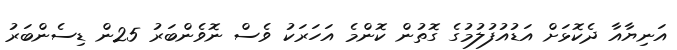
އަނިޔާއާ ދެކޮޅަށް އަޑުއުފުލުމުގެ ގޮތުން ކޮންމެ އަހަރަކު ވެސް ނޮވެންބަރު 25ން ޑިސެންބަރު